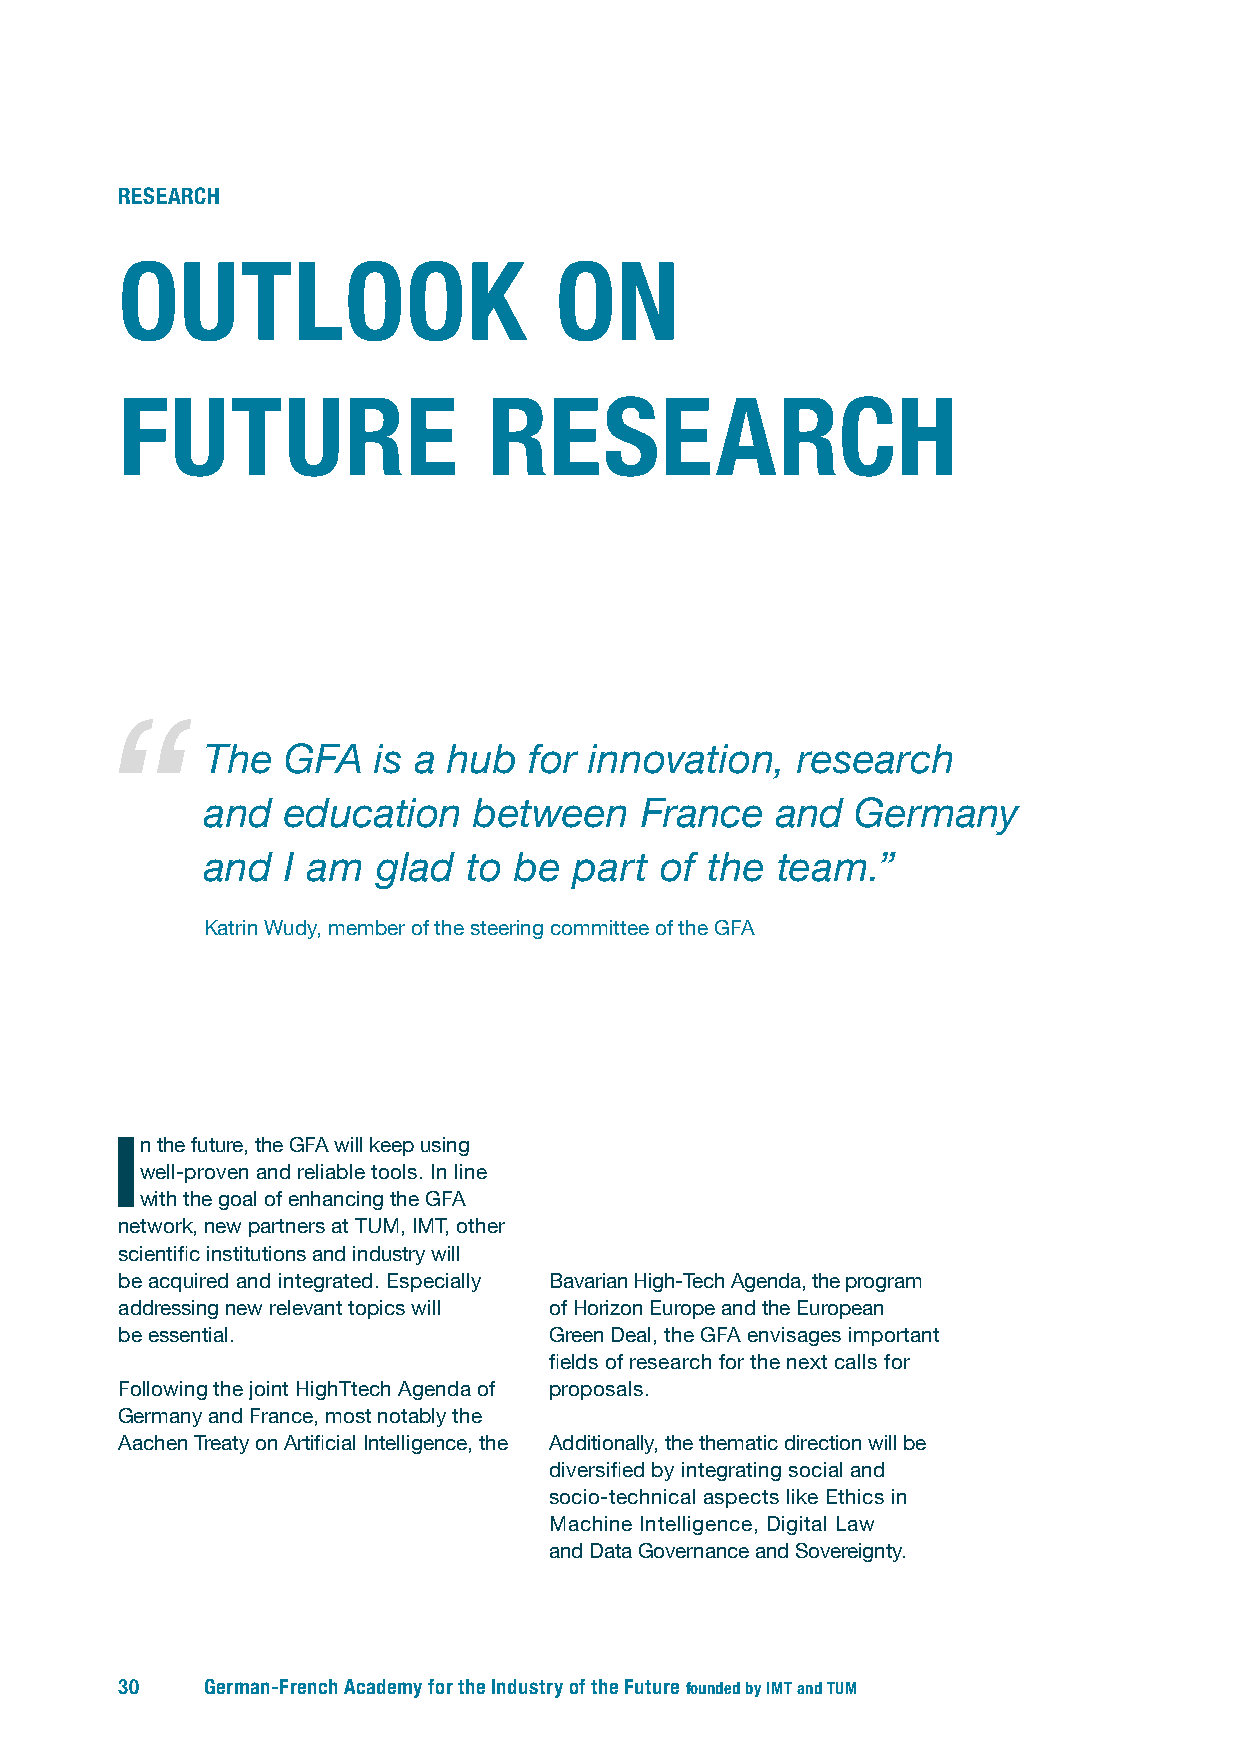
RESEARCH
 OUTLOOK                      ON
 FUTURE                  RESEARCH
 The  GFA   is a hub  for innovation,   research
 and  education   between    France   and   Germany
 and  I am  glad  to be  part  of the team.”
 Katrin Wudy, member of the steering committee of the GFA
 In the future, the GFA will keep using
 well-proven and reliable tools. In line
 with the goal of enhancing the GFA
 network, new partners at TUM, IMT, other
 scientific institutions and industry will
 be acquired and integrated. Especially Bavarian High-Tech Agenda, the program
 addressing new relevant topics will of Horizon Europe and the European
 be essential.               Green Deal, the GFA envisages important
 fields of research for the next calls for
 Following the joint HighTtech Agenda of proposals.
 Germany and France, most notably the
 Aachen Treaty on Artificial Intelligence, the Additionally, the thematic direction will be
 diversified by integrating social and
 socio-technical aspects like Ethics in
 Machine Intelligence, Digital Law
 and Data Governance and Sovereignty.
 30    German-French Academy for the Industry of the Future founded by IMT and TUM